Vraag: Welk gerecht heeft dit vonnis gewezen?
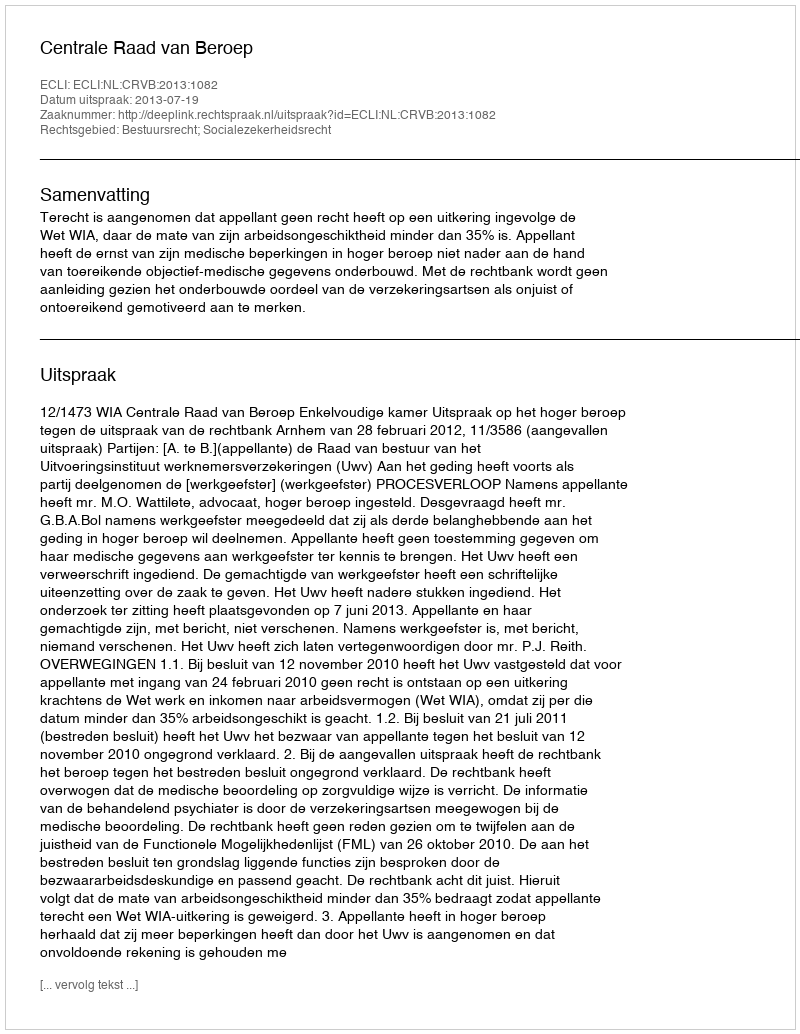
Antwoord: Centrale Raad van Beroep